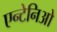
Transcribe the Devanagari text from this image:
एन्टेनिओ